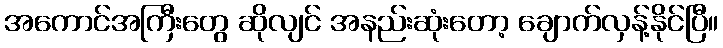
အကောင်အကြီးတွေ ဆိုလျင် အနည်းဆုံးတော့ ချောက်လှန့်နိုင်ပြီ။